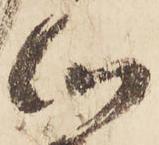
心